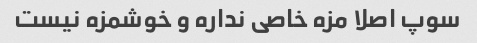
سوپ اصلا مزه خاصی نداره و خوشمزه نیست